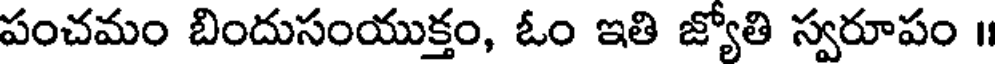
పంచమం బిందుసంయుక్తం, ఓం ఇతి జ్యోతి స్వరూపం ॥